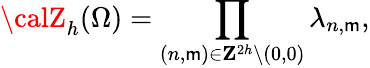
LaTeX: {\calZ}_{h}(\Omega)=\prod_{(n,\mathsf{m})\in{\mathbf{Z}}^{2h}\backslash{(0,0)}}\lambda_{n,\mathsf{m}},